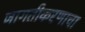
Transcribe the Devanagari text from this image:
जागतीकरणाचा